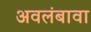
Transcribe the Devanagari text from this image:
अवलंबावा